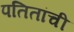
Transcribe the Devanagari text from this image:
पतितांची